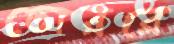
তোররে